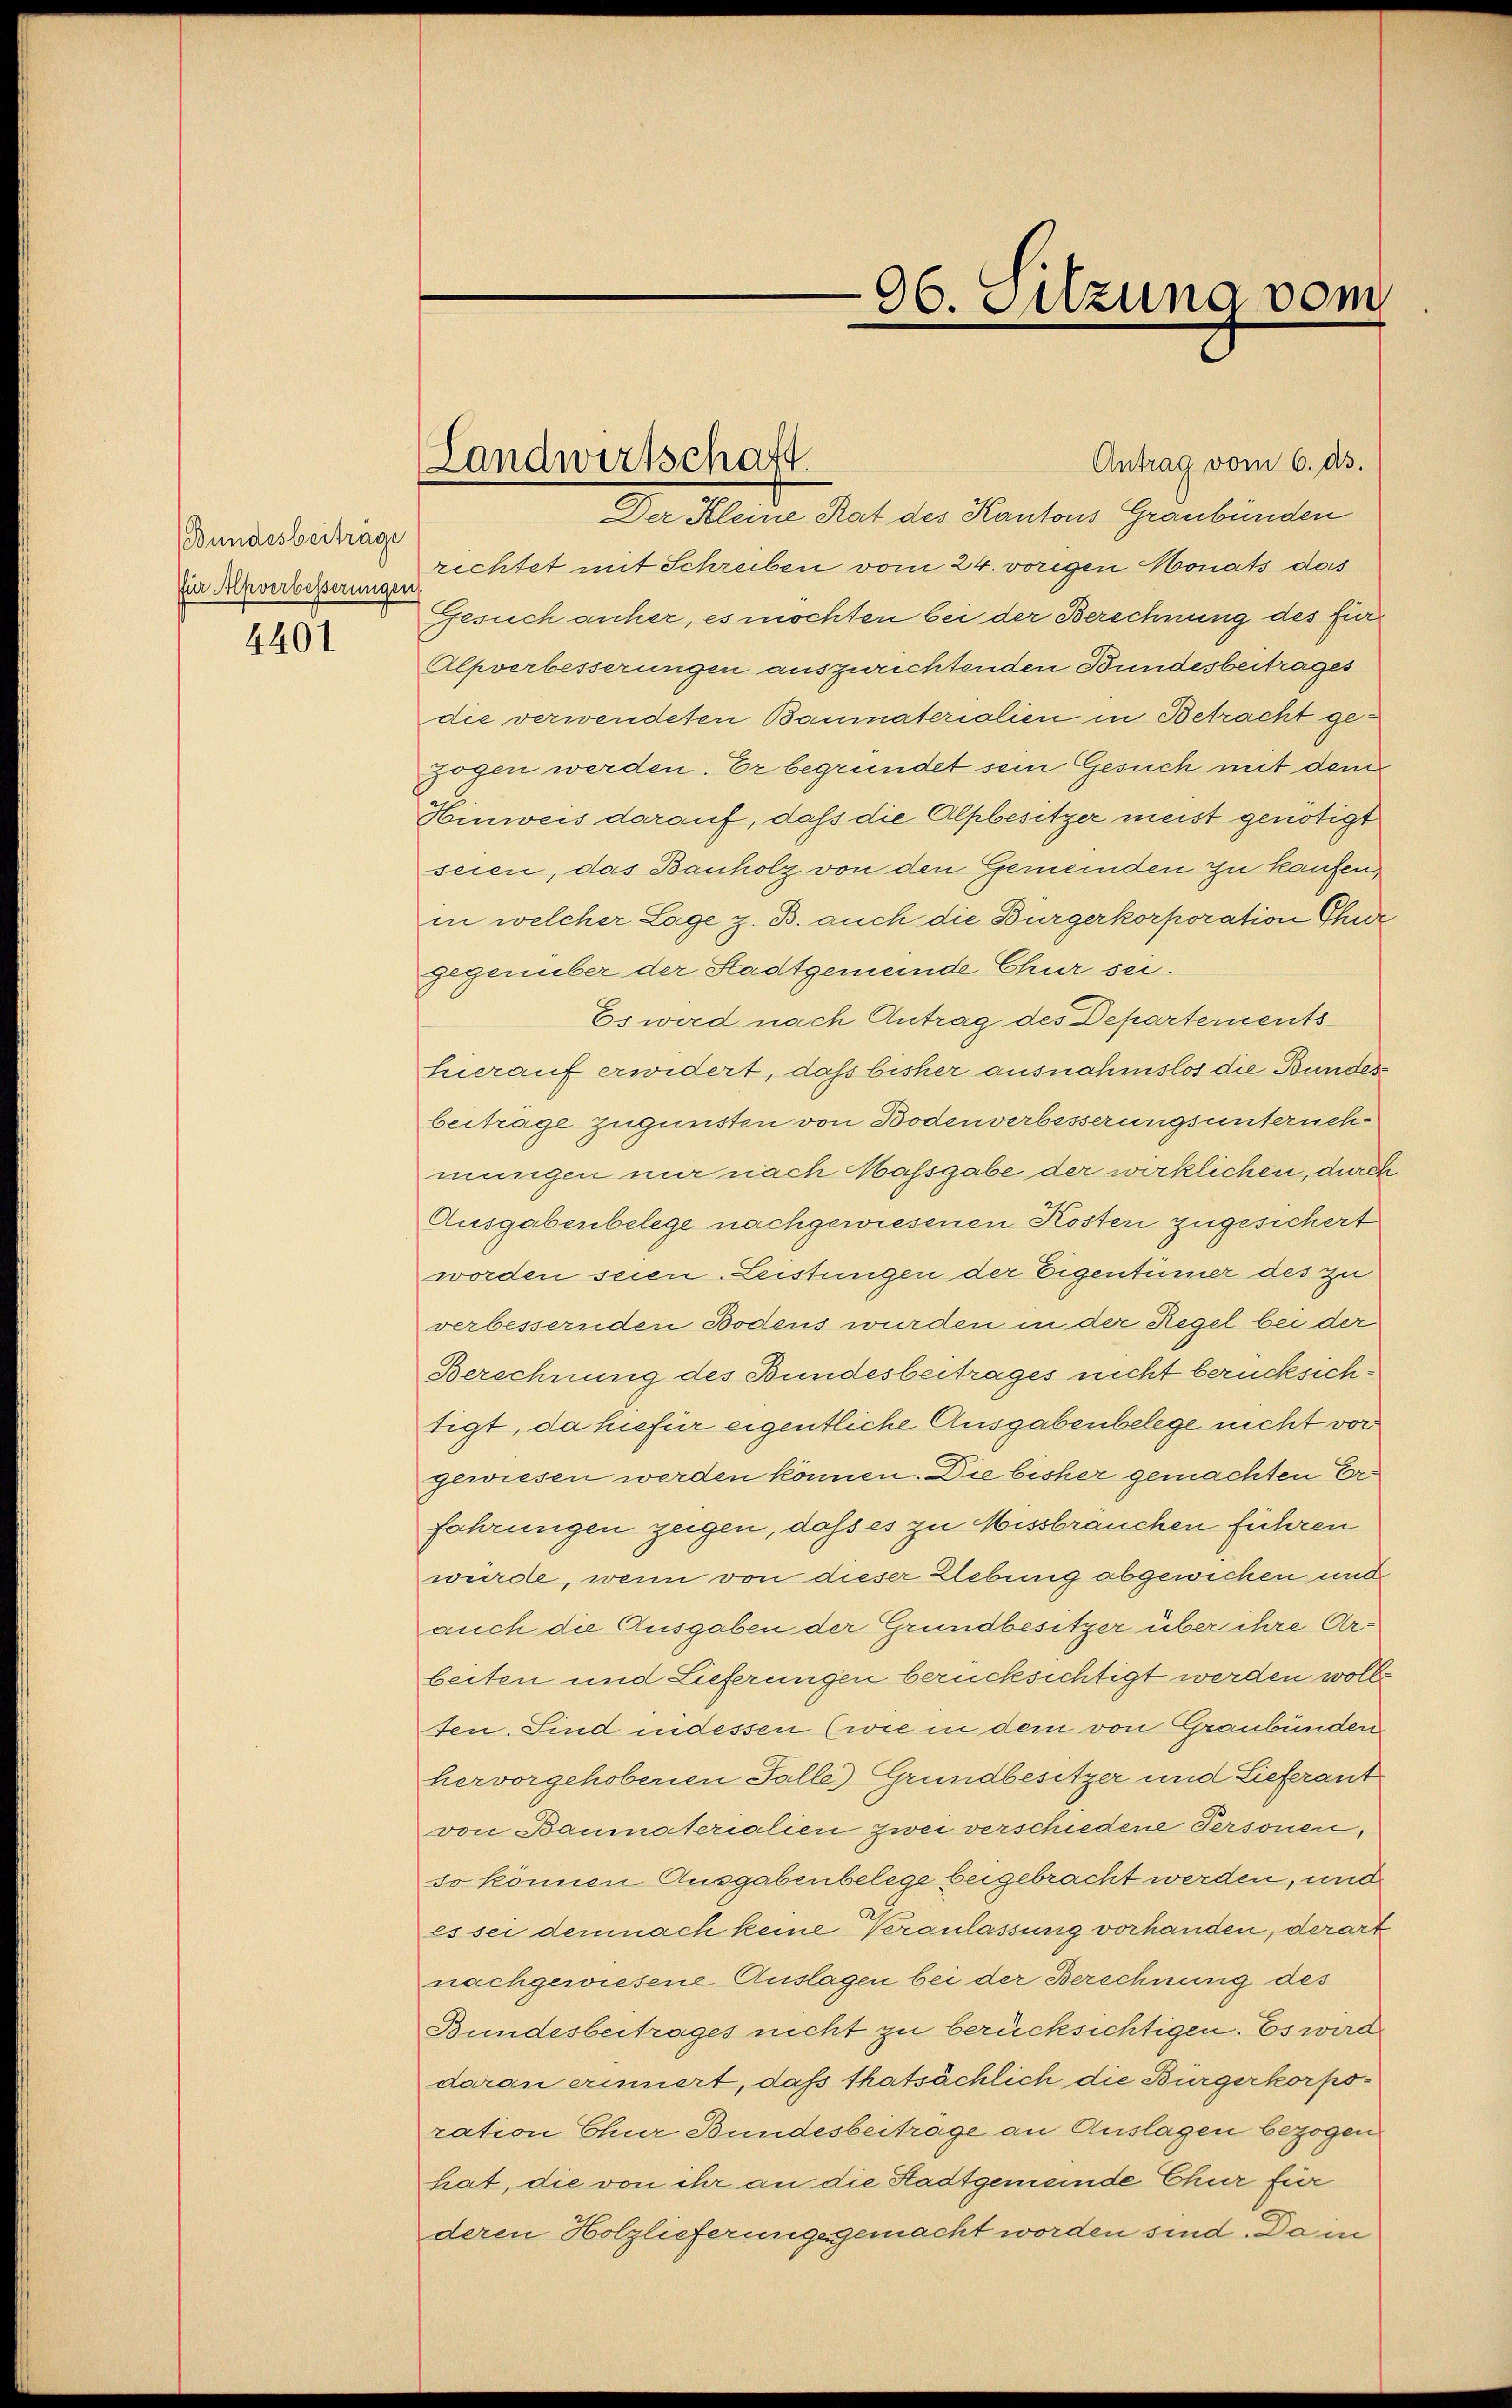
Bundesbeiträge
für Alpverbesserungen
4401

Landwirtschaft.

Antrag vom 6. d.
Der Kleine Rat des Kantons Graubünden
rechtet mit Schreiben vom 24. vorgen Monats das
Gesuch anher, es möchten bei der Berechnung des Ein¬
Alpverbesserungen auszurichtenden Bundesbeitrages
die verwendeten Baumaterialien in Betracht gezogen werden. Er begründet sein Gesuch mit dem
Hinweis darauf, daß die Alpbesitzer meist genötigt
seien, das Bauholz von den Gemeinden zu kaufen,
in welcher Lage z. B. auch die Bürgerkorporation Thur
gegenüber der Stadtgemeinde Chur sei.
Es wird nach Antrag des Departements
hierauf erwidert, daß bisher ausnahmslos die Bunder
beitrage zugunsten von Bodenverbesserungsunternehmungen nur nach Massgabe der wirklichen, durch
Ausgabenbelege nachgewiesenen Kosten zugesichert
worden seien. Leistungen der Eigentümer des zu
verbessernden Bodens wurden in der Regel bei der
Berechnung des Bundesbeitrages nicht berücksichtigt, da hiefür eigentliche Ausgabenbelege nicht vor
gewiesen werden können. Die bisher gemachten Erfahrungen zeigen, dass es zu Missbrauchen führen
würde, wenn von dieser Uebung abgewichen und
auch die Ausgaben der Grundbesitzer über ihre Arbeiten und Lieferungen berücksichtigt werden wolle.
ten. Sind indessen (wie in dem von Graubünden
hervorgehobenen Falle) Grundbesitzer und Lieferant
von Baumaterialien zwei verschiedene Personen,
so können Ausgabenbelege beigebracht werden, und
es sei demnach keine Veranlassung vorhanden, derart
nachgewiesene Auslagen bei der Berechnung des
Bundesbeitrages nicht zu berücksichtigen. Es wird
daran erinnert, daß thatsächlich die Bürgerkorpo-
ration Chur Bundesbeitrage an Auslagen bezogen
hat, die von ihr an die Stadtgemeinde Chur fier
deren Holzlieferungsgemacht worden sind. Dam

96. Sitzung vom